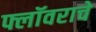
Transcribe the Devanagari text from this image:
फ्लॉवराचे